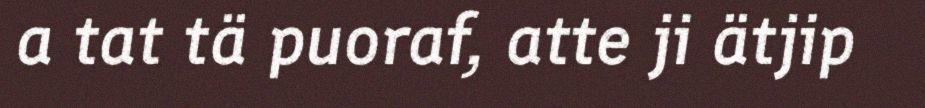
a tat tä puoraf, atte ji ätjip